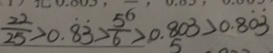
\frac { 2 2 } { 2 5 } > 0 . \dot { 8 } \dot { 3 } > \frac { 5 } { 6 } > 0 . 8 0 3 > 0 . 8 \dot { 0 } \dot { 3 }